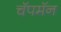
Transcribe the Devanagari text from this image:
चॅपमॅन